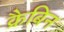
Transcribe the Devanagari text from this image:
क्रैबिन